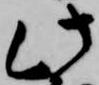
此